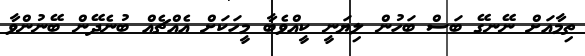
ތިމާއަށް ނޭނގޭ ބަސް ބަހުން ލިޔަނީ ކީއްވެބާ މީހަކަށް އެއްޗެއް ބުނެދޭން ބޭނުންވާ